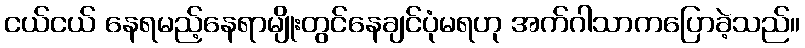
ငယ်ငယ် နေရမည့်နေရာမျိုးတွင်နေချင်ပုံမရဟု အက်ဂါသာကပြောခဲ့သည်။